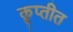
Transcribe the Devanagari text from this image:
कॢप्तीत